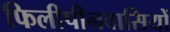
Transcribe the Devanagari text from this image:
फिलीपीनवासियों